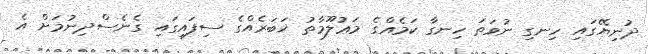
ދުނިޔޭގައި ހިނގި ނުވަތަ ހިނގާ ކަމެއްގެ މަޢުލޫމާތު ޚަބަރެއްގެ ސިފައިގައި ގެނެސްދިނުމަށް އެ